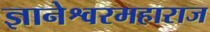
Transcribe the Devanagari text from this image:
ज्ञानेश्वरमहाराज